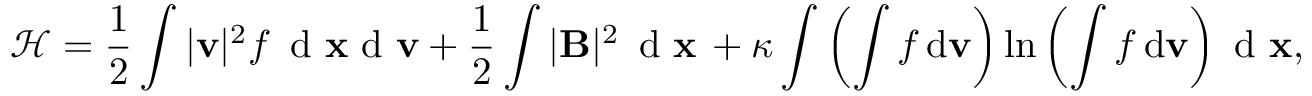
\mathcal { H } = \frac { 1 } { 2 } \int | { \mathbf v } | ^ { 2 } f \, \textnormal { d } { \mathbf { x } } \textnormal { d } { \mathbf v } + \frac { 1 } { 2 } \int | { \mathbf { B } } | ^ { 2 } \, \textnormal { d } { \mathbf { x } } \, + \kappa \int \left( \int f \, \textnormal d \mathbf { v } \right) \ln \left( \int f \, \textnormal d \mathbf { v } \right) \textnormal { d } { \mathbf { x } } ,